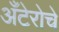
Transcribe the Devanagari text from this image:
अँटेरोचे